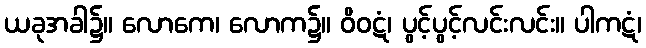
ယခုအခါ၌။ လောကေ၊ လောက၌။ ဝိဝဋံ၊ ပွင့်ပွင့်လင်းလင်း။ ပါကဋံ၊